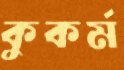
কুকর্ম